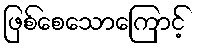
ဖြစ်စေသောကြောင့်